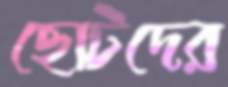
ছোটদের